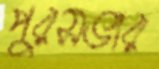
পুরসভার